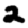
Digit: 2